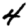
Digit: 4